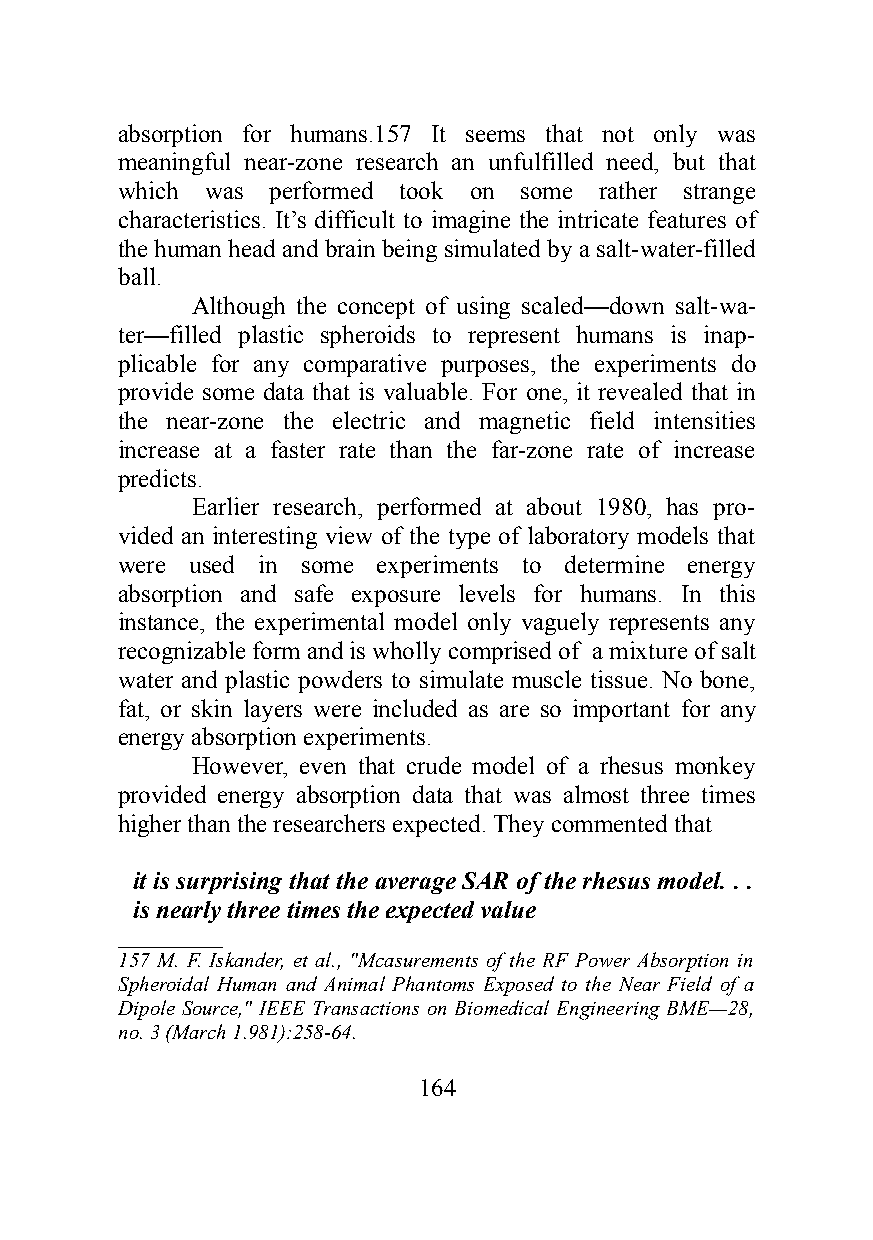
absorption for humans.157 It seems that not only was
 meaningful near-zone research an unfulfilled need, but that
 which was performed took on some rather strange
 characteristics. It’s difficult to imagine the intricate features of
 the human head and brain being simulated by a salt-water-filled
 ball.
 Although the concept of using scaled—down salt-wa-
 ter—filled plastic spheroids to represent humans is inap-
 plicable for any comparative purposes, the experiments do
 provide some data that is valuable. For one, it revealed that in
 the near-zone the electric and magnetic field intensities
 increase at a faster rate than the far-zone rate of increase
 predicts.
 Earlier research, performed at about 1980, has pro-
 vided an interesting view of the type of laboratory models that
 were used in some experiments to determine energy
 absorption and safe exposure levels for humans. In this
 instance, the experimental model only vaguely represents any
 recognizable form and is wholly comprised of a mixture of salt
 water and plastic powders to simulate muscle tissue. No bone,
 fat, or skin layers were included as are so important for any
 energy absorption experiments.
 However, even that crude model of a rhesus monkey
 provided energy absorption data that was almost three times
 higher than the researchers expected. They commented that
 it is surprising that the average SAR of the rhesus model. . .
 is nearly three times the expected value
 __________
 157 M. F. Iskander, et al., "Mcasurements of the RF Power Absorption in
 Spheroidal Human and Animal Phantoms Exposed to the Near Field of a
 Dipole Source," IEEE Transactions on Biomedical Engineering BME—28,
 no. 3 (March 1.981):258-64.
 164